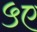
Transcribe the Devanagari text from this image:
५ए